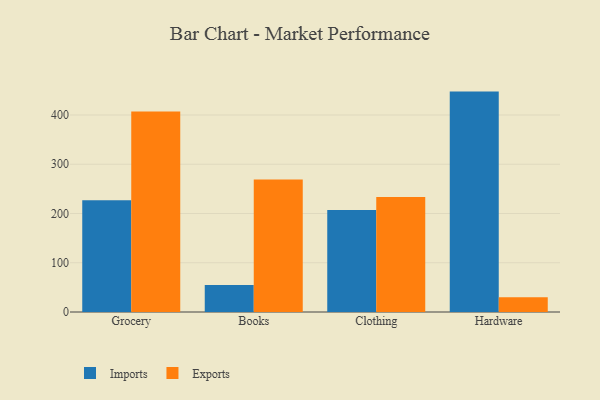
{"axis": {"x": "Category", "y": "Bounce Rate (%)"}, "legend": ["Exports", "Imports"], "data": [{"x": "Grocery", "y": 226.8, "type": "Imports"}, {"x": "Grocery", "y": 406.9, "type": "Exports"}, {"x": "Books", "y": 54.6, "type": "Imports"}, {"x": "Books", "y": 269.2, "type": "Exports"}, {"x": "Clothing", "y": 206.9, "type": "Imports"}, {"x": "Clothing", "y": 233.7, "type": "Exports"}, {"x": "Hardware", "y": 447.5, "type": "Imports"}, {"x": "Hardware", "y": 30.2, "type": "Exports"}]}